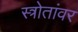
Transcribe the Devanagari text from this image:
स्त्रोतांवर